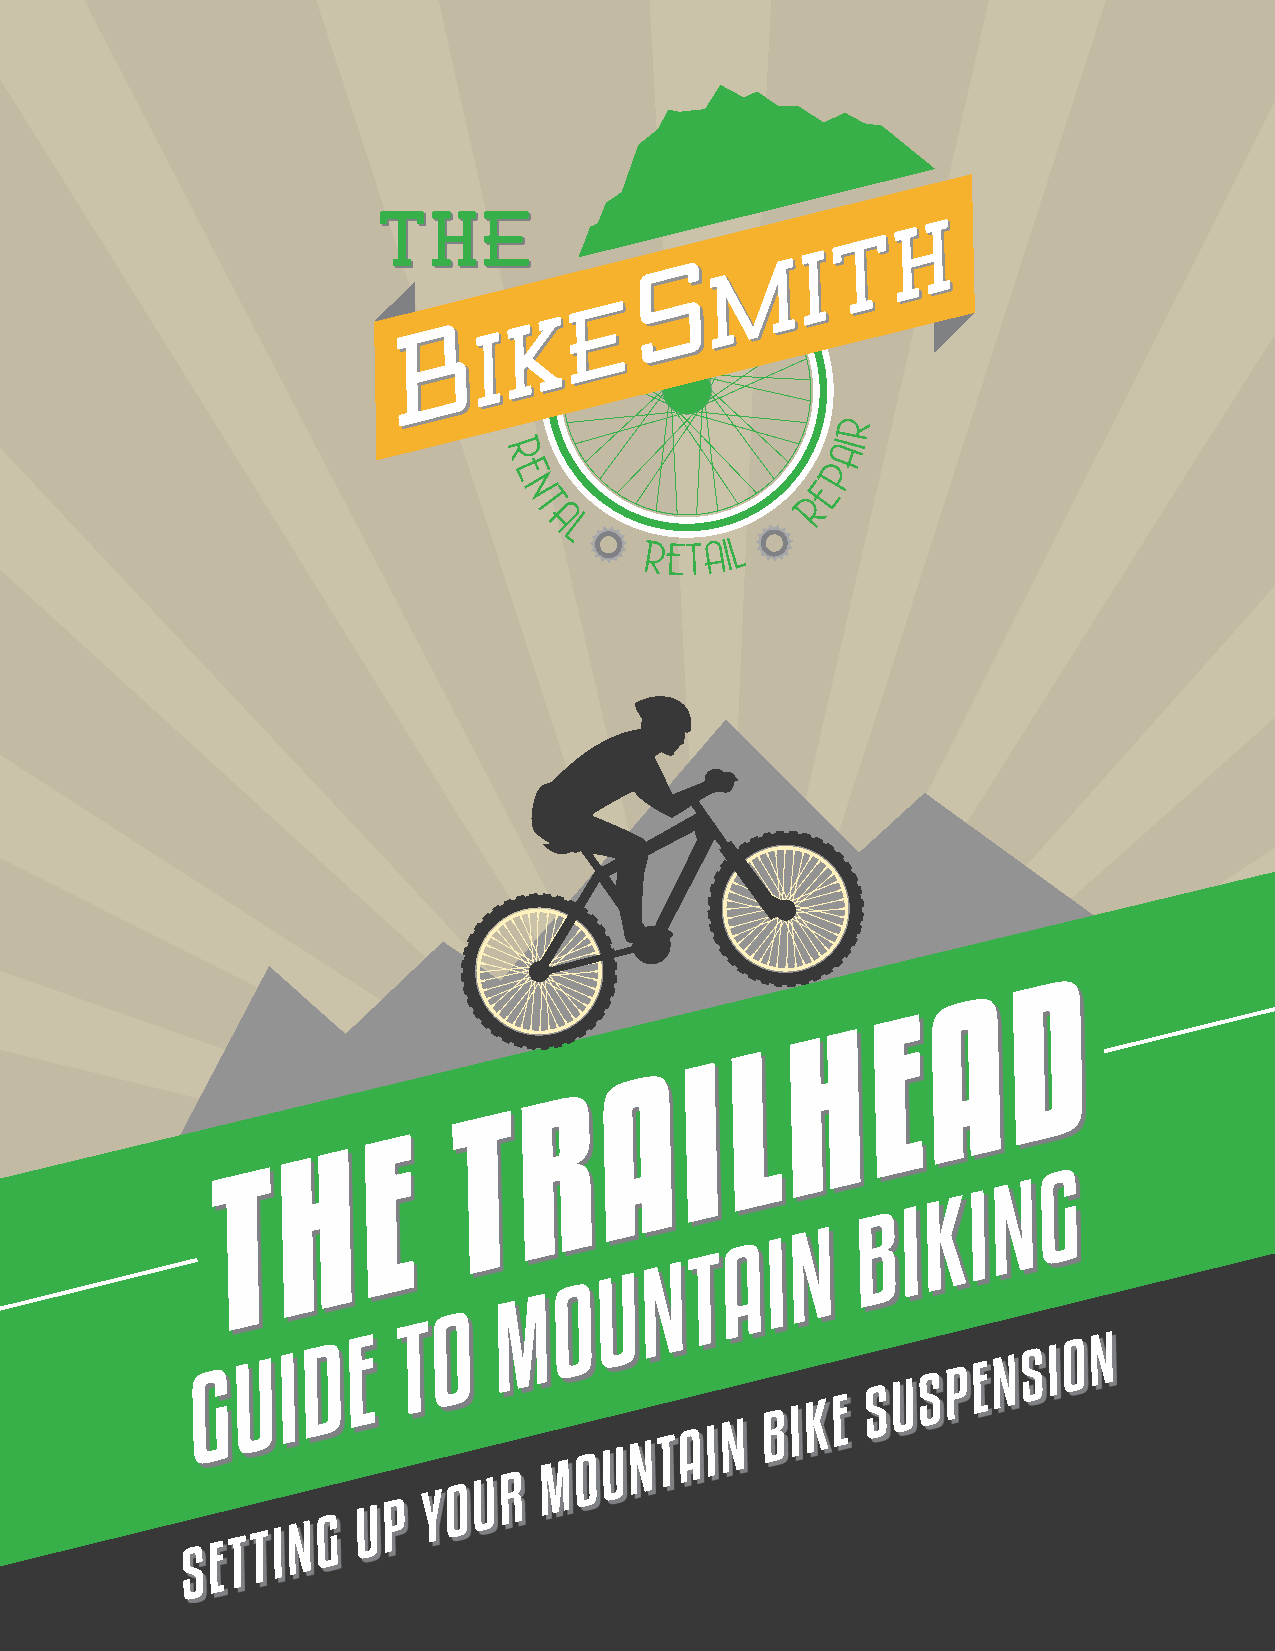
D
 A
 E
 H
 L
 I
 A
 R
 T
 E
 H
 T                                                     G
 N
 K I
 B  I
 N
 A  I
 T
 N
 U
 O
 M
 O
 T
 G  U  I D E                                     S P E N S I O N
 U
 S
 K E
 B I
 N
 N T A I
 U
 O
 M
 R
 U
 P
 Y O
 U
 G
 N
 S E T T I